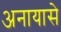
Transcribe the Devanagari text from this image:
अनायासे